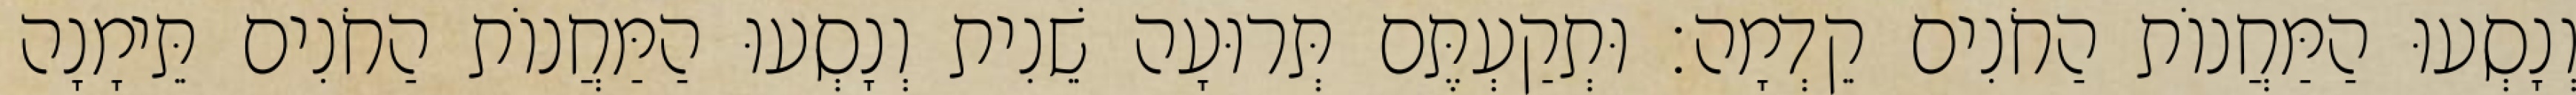
וְנָסְעוּ הַמַּחֲנוֹת הַחֹנִים קֵדְמָה׃ וּתְקַעְתֶּם תְּרוּעָה שֵׁנִית וְנָסְעוּ הַמַּחֲנוֹת הַחֹנִים תֵּימָנָה